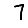
Digit: 7